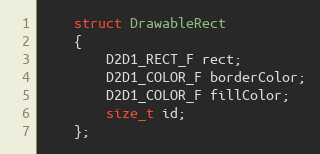
Language: C
    struct DrawableRect
    {
        D2D1_RECT_F rect;
        D2D1_COLOR_F borderColor;
        D2D1_COLOR_F fillColor;
        size_t id;
    };